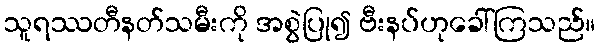
သူရဿတီနတ်သမီးကို အစွဲပြု၍ ဗီးနပ်ဟုခေါ်ကြသည်။